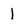
Character: l